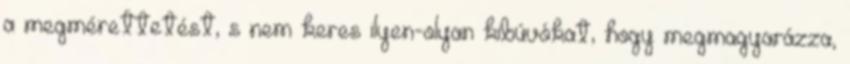
a megmérettetést, s nem keres ilyen-olyan kibúvókat, hogy megmagyarázza,